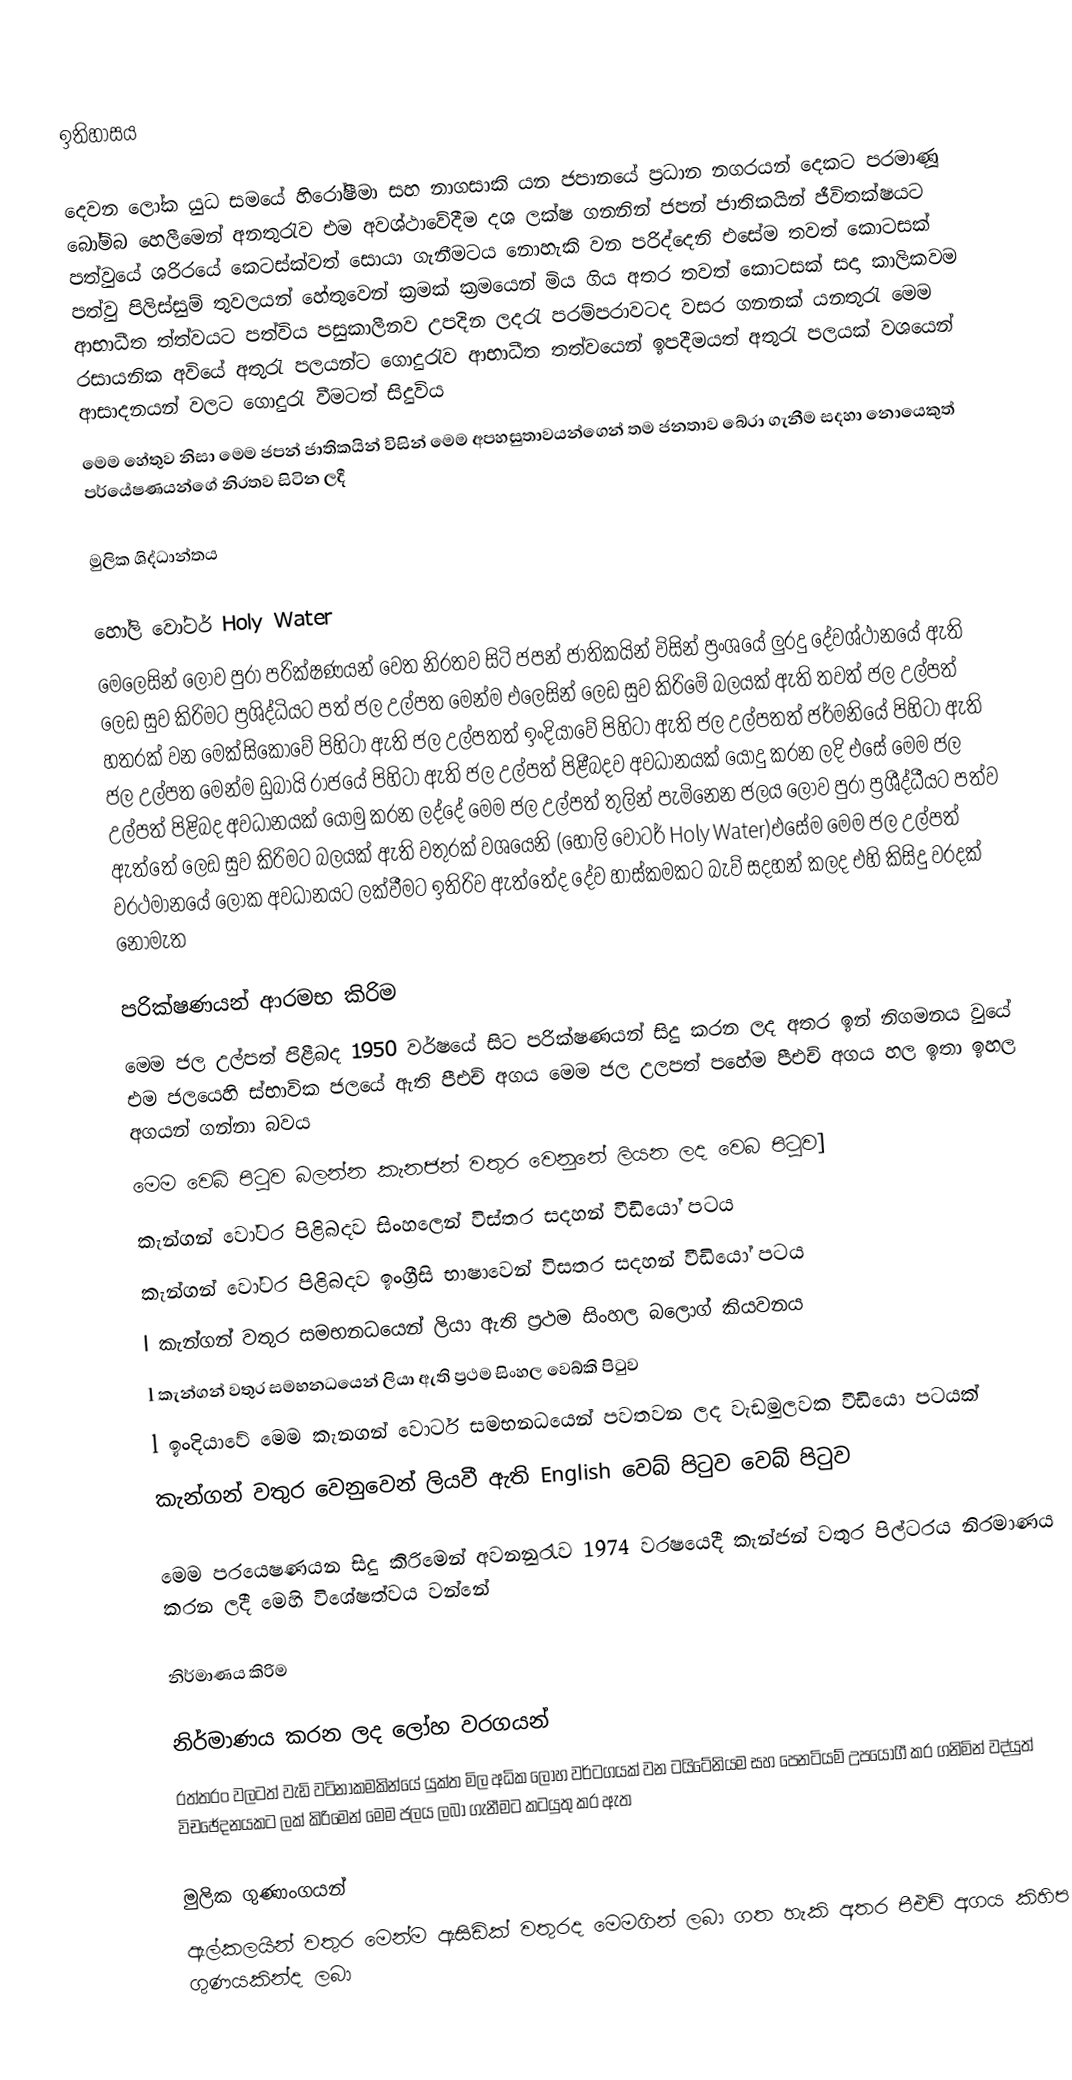

ඉතිහාසය

දෙවන ලෝක යුධ සමයේ හිරෝෂීමා සහ නාගසාකි යන ජපානයේ ප්‍රධාන නගරයන් දෙකට පරමාණූ බෝම්බ හෙලීමෙන් අනතුරැව එම අවශ්ථාවේදීම දශ ලක්ෂ ගනනින් ජපන් ජාතිකයින් ජීවිතක්ෂයට පත්වුයේ ශරිරයේ කෙටස්ක්වත් සොයා ගැනීමටය නොහැකි වන පරිද්දෙනි එසේම තවත් කොටසක් පත්වු පිලිස්සුම් තුවලයන් හේතුවෙන් ක්‍රමක් ක්‍රමයෙන් මිය ගිය අතර තවත් කොටසක් සදා කාලිකවම ආභාධීත ත්ත්වයට පත්විය පසුකාලීනව උපදින ලදරැ පරම්පරාවටද වසර ගනනක් යනතුරැ මෙම රසායනික අවියේ අතුරැ පලයන්ට ගොදුරැව ආභාධීත තත්වයෙන් ඉපදීමයත් අතුරැ පලයක් වශයෙන් ආසාදනයන් වලට ගොදුරැ වීමටත් සිදුවිය
මෙම හේතුව නිසා මෙම ජපන් ජාතිකයින් විසින් මෙම අපහසුතාවයන්ගෙන් තම ජනතාව බේරා ගැනීම සදහා නොයෙකුත් පර්යේෂණයන්ගේ නිරතව සිටින ලදී

මුලික ශිද්ධාන්තය

හෝලි වෝටර් Holy Water
මෙලෙසින් ලොව පුරා පරික්ෂණයන් වෙත නිරතව සිටි ජපන් ජාතිකයින් විසින් ප්‍රංශයේ ලුරදු දේවශ්ථානයේ ඇති ලෙඩ සුව කිරිමට ප්‍රශිද්ධියට පත් ජල උල්පත මෙන්ම එලෙසින් ලෙඩ සුව කිරිමේ බලයක් ඇති තවත් ජල උල්පත් හතරක් වන මෙක්සිකෝවේ පිහිටා ඇති ජල උල්පතත් ඉංදියාවේ පිහිටා ඇති ජල උල්පතත් ජර්මනියේ පිහිටා ඇති ජල උල්පත මෙන්ම ඩුබායි රාජයේ පිහිටා ඇති ජල උල්පත් පිළීබදව අවධානයක් යොදු කරන ලදි එසේ මෙම ජල උල්පත් පිළිබද අවධානයක් යොමු කරන ලද්දේ මෙම ජල උල්පත් තුලින් පැමිනෙන ජලය ලොව පුරා ප්‍රශීද්ධීයට පත්ව ඇත්තේ ලෙඩ සුව කිරිමට බලයක් ඇති වතුරක් වශයෙනි (හෝලි වෝටර් Holy Water)එසේම මෙම ජල උල්පත් වරථමානයේ ලෝක අවධානයට ලක්වීමට ඉතිරිව ඇත්තේද දේව හාස්කමකට බැව් සදහන් කලද එහි කිසිදු වරදක් නොමැත

පරික්ෂණයන් ආරමභ කිරිම
මෙම ජල උල්පත් පිළීබද 1950 වර්ෂයේ සිට පරික්ෂණයන් සිදු කරන ලද අතර ඉන් නිගමනය වුයේ එම ජලයෙහි ස්භාවික ජලයේ ඇති පීඑච් අගය මෙම ජල උලපත් පහේම පීඑච් අගය හල ඉතා ඉහල අගයන් ගන්නා බවය
මෙම වෙබ් පිටුව බලන්න    කැනජන් වතුර වෙනුනේ ලියන ලද වෙබ පිටුව]
 කැන්ගන් වෝටර පිළිබදව සිංහලෙන් විස්තර සදහන් වීඩියෝ පටය
 කැන්ගන් වෝටර පිළිබදව ඉංග්‍රීසි භාෂාවෙන් විසතර සදහන් වීඩියෝ පටය
 l කැන්ගන් වතුර සමභනධයෙන් ලියා ඇති ප්‍රථම සිංහල බලොග් කියවනය
 l කැන්ගන් වතුර සමභනධයෙන් ලියා ඇති ප්‍රථම සිංහල වෙබ්කි පිටුව
 l ඉංදියාවේ මෙම කැනගන් වොටර් සමභනධයෙන් පවතවන ලද වැඩමුලවක වීඩියො පටයක්
 කැන්ගන් වතුර වෙනුවෙන් ලියවී ඇති English  වෙබ් පිටුව වෙබ් පිටුව

මෙම පරයෙෂණයන සිදු කිරිමෙන් අවනනුරැව 1974 වරෂයෙදී කැන්ජන් වතුර පිල්ටරය නිරමාණය  කරන ලදී මෙහි විශේෂත්වය වන්නේ

නිර්මාණය කිරිම

නිර්මාණය කරන ලද ලෝහ වරගයන්
රත්තරං වලටත් වැඩි වටිනාකමකින්යේ යුක්ත මිල  අධික ලෝහ වර්ටගයක් වන ටයිටේනියම සහ පෙනටියම් උපයෝගී කර ගනිමින් වද්යුත් විචඡේදනයකට ලක් කිරිමෙන් මෙම ජලය ලබා ගැනීමට කටයුතු කර ඇත

මුලික ගුණාංගයන්
ඇල්කලයින් වතුර මෙන්ම ඇසිඩික් වතුරද මෙමගින් ලබා ගත හැකි අතර පීඑච් අගය කිහිප ගුණයකින්ද ලබා